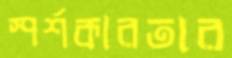
স্পর্শকারতার